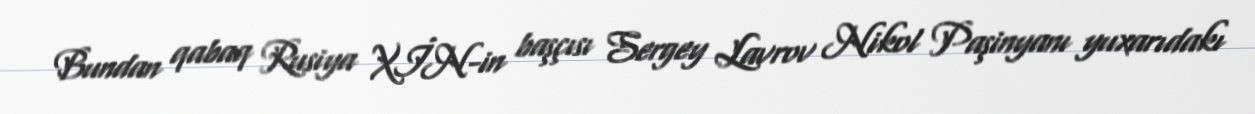
Bundan qabaq Rusiya XİN-in başçısı Sergey Lavrov Nikol Paşinyanı yuxarıdakı